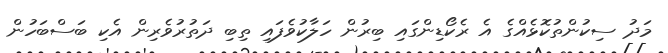
މަދު ސިކުންތުކޮޅެއްގެ އެ ރެކޯޑިންގައި ބިރުން ހަލާކުވެފައި ތިބި ދަތުރުވެރިން އެކި ބަސްބަހުން